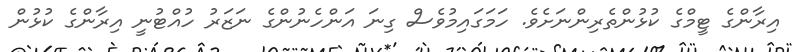
އިރާންގެ ޓީމްގެ ކުޅުންތެރިންނަށެވެ. ހަމަގައިމުވެސް ގިނަ އަންހެނުންގެ ނަޒަރު ހުއްޓުނީ އިރާންގެ ކުޅުން